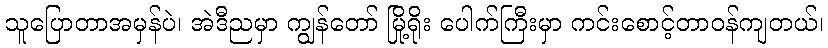
သူပြောတာအမှန်ပဲ၊ အဲဒီညမှာ ကျွန်တော် မြို့ရိုး ပေါက်ကြီးမှာ ကင်းစောင့်တာဝန်ကျတယ်၊